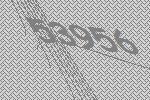
53956